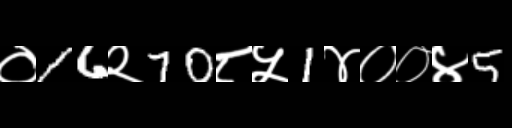
Text: ०16२70८५1४००४5